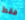
فقط